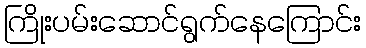
ကြိုးပမ်းဆောင်ရွက်နေကြောင်း